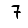
Digit: 7